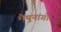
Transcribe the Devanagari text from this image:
मैथुनांगों